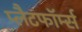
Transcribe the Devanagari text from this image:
प्लैटफॉर्म्स